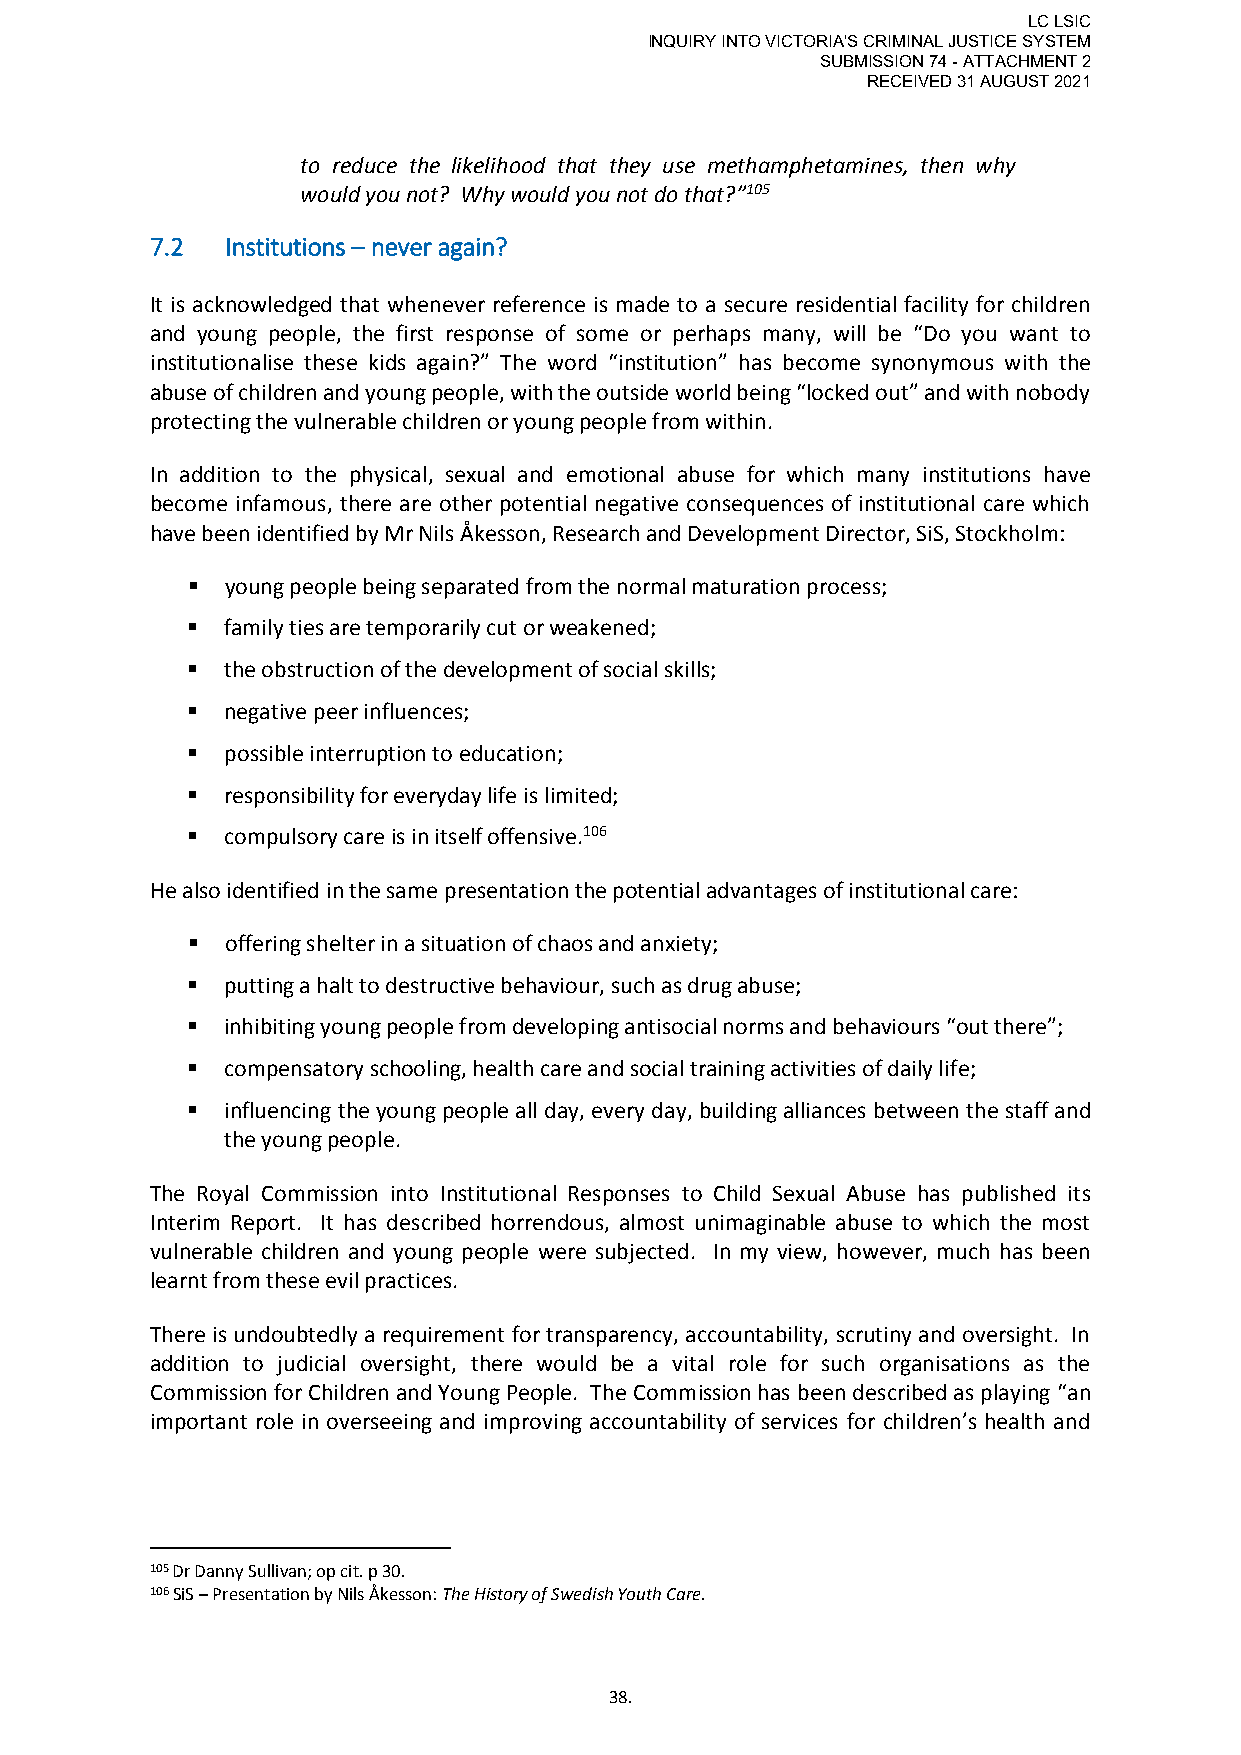
LC LSIC
 INQUIRY INTO VICTORIA'S CRIMINAL JUSTICE SYSTEM
 SUBMISSION 74 - ATTACHMENT 2
 RECEIVED 31 AUGUST 2021
 to reduce the likelihood that they use methamphetamines, then why
 would you not? Why would you not do that?”105
 7.2  Institutions – never again?
 It is acknowledged that whenever reference is made to a secure residential facility for children
 and young people, the first response of some or perhaps many, will be “Do you want to
 institutionalise these kids again?” The word “institution” has become synonymous with the
 abuse of children and young people, with the outside world being “locked out” and with nobody
 protecting the vulnerable children or young people from within.
 In addition to the physical, sexual and emotional abuse for which many institutions have
 become infamous, there are other potential negative consequences of institutional care which
 have been identified by Mr Nils Åkesson, Research and Development Director, SiS, Stockholm:
   young people being separated from the normal maturation process;
   family ties are temporarily cut or weakened;
   the obstruction of the development of social skills;
   negative peer influences;
   possible interruption to education;
   responsibility for everyday life is limited;
   compulsory care is in itself offensive.106
 He also identified in the same presentation the potential advantages of institutional care:
   offering shelter in a situation of chaos and anxiety;
   putting a halt to destructive behaviour, such as drug abuse;
   inhibiting young people from developing antisocial norms and behaviours “out there”;
   compensatory schooling, health care and social training activities of daily life;
   influencing the young people all day, every day, building alliances between the staff and
 the young people.
 The Royal Commission into Institutional Responses to Child Sexual Abuse has published its
 Interim Report. It has described horrendous, almost unimaginable abuse to which the most
 vulnerable children and young people were subjected. In my view, however, much has been
 learnt from these evil practices.
 There is undoubtedly a requirement for transparency, accountability, scrutiny and oversight. In
 addition to judicial oversight, there would be a vital role for such organisations as the
 Commission for Children and Young People. The Commission has been described as playing “an
 important role in overseeing and improving accountability of services for children’s health and
 105 Dr Danny Sullivan; op cit. p 30.
 106 SiS – Presentation by Nils Åkesson: The History of Swedish Youth Care.
 38.